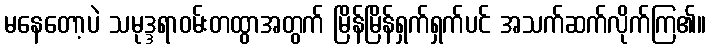
မနေတော့ပဲ သမုဒ္ဒရာဝမ်းတထွာအတွက် မြိန်မြိန်ရှက်ရှက်ပင် အသက်ဆက်လိုက်ကြ၏။